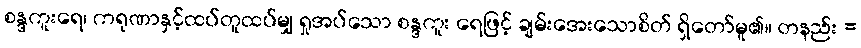
စန္ဒကူးရေ၊ ကရုဏာနှင့်ထပ်တူထပ်မျှ ရှုအပ်သော စန္ဒကူး ရေဖြင့် ချမ်းအေးသောစိတ် ရှိတော်မူ၏။ တနည်း =